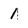
Character: 1